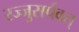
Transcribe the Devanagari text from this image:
रज्जुसर्पवत्